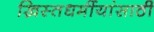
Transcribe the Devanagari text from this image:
ख्रिस्तधर्मीयांसाठी